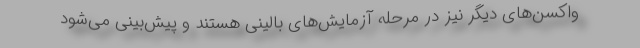
واکسن‌های دیگر نیز در مرحله آزمایش‌های بالینی هستند و پیش‌بینی می‌شود